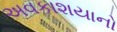
અવકાશયાનો